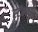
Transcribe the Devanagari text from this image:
स्टॅन्फर्ड